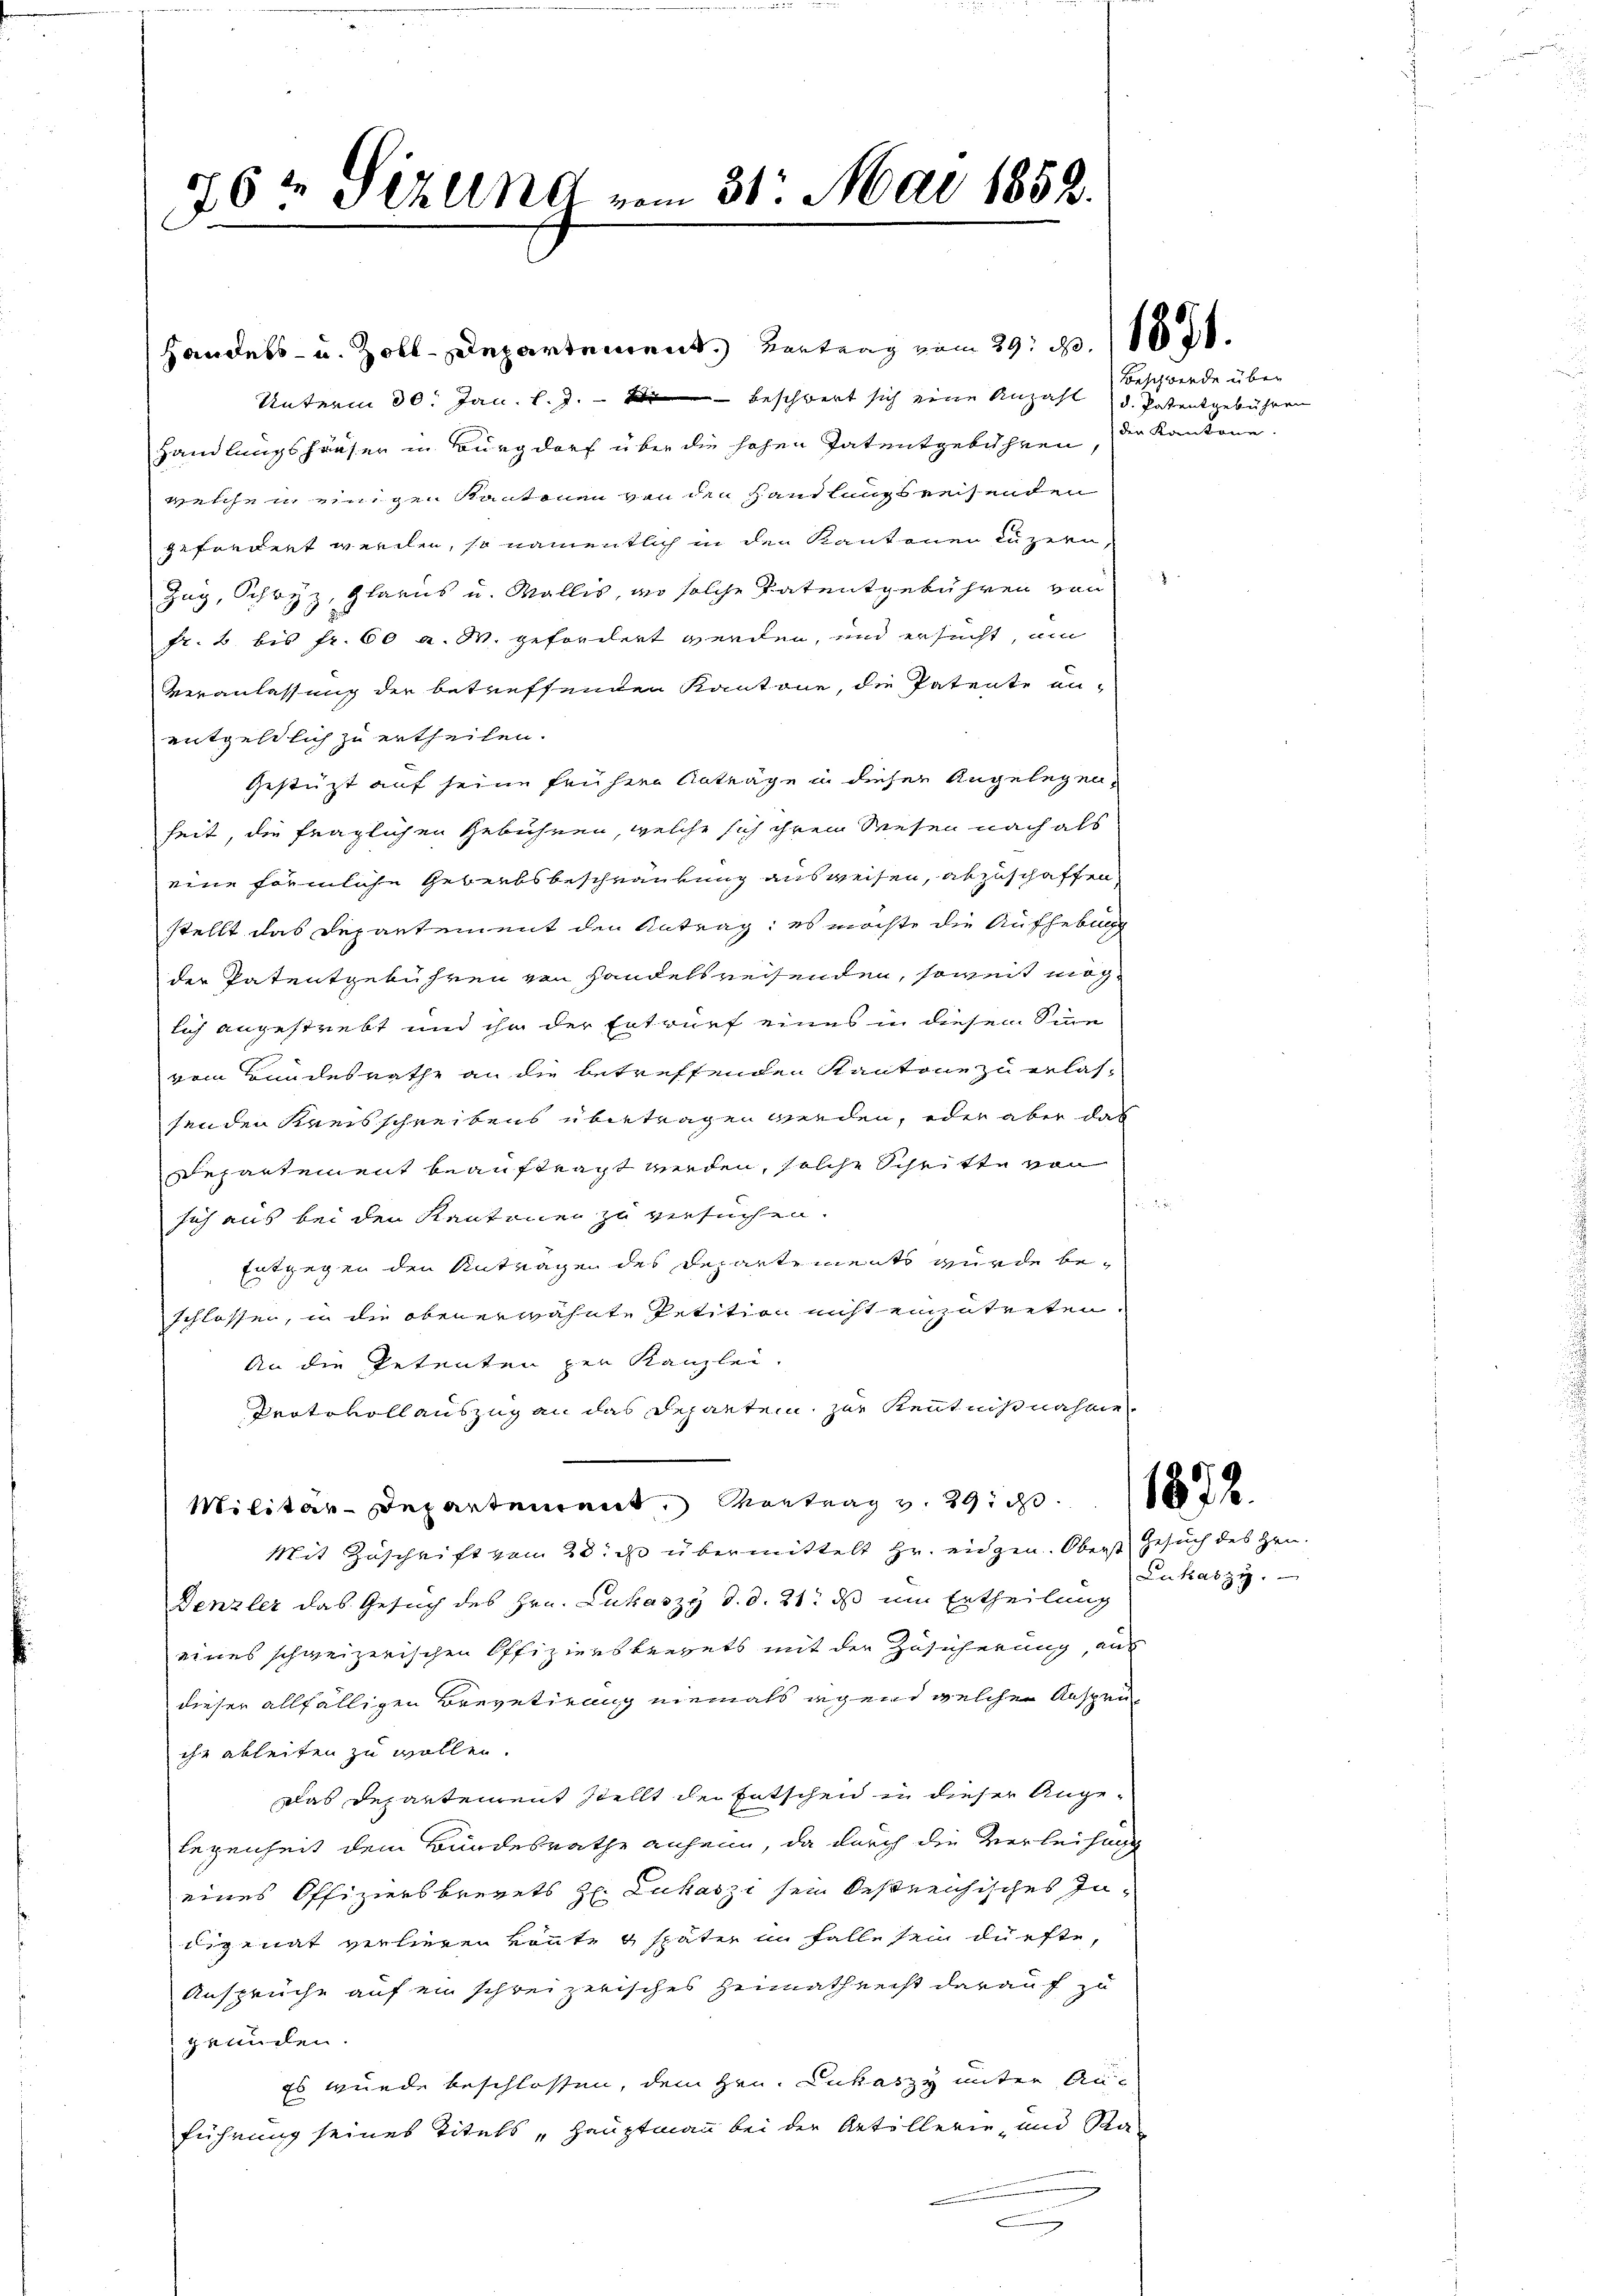
761 Sizung vom 31. Mai 1853.

Handels- u. Zoll-Departement. Vertrag vom 29. 1. 11821.
Unterm 30. Jan. l. J. beschwert sich eine Anzahl d. Patentgebühren
Handlungshäuser in Burgdorf über die hohen Tatentgebühren
welchen einigen Kantonen von den Handlungsreisenden
gefordert werden, so namentlich in den Kantonen luzern,
Zug, Schwyz, Glarus u. Wallis, wo solche Patentgebühren von
fr. 2 bis Fr. 60 a. M. gefordert werden, und ersucht, am
Veranlassung der betreffenden Kantone, die Patente an-
entgeldlich zu ertheilen.
Gestützt auf seine frühere Anträge in dieser Angelegenheit, die fraglichen Gebühren, welche sich ihrem Wesen nach als
eine förmliche Geberbsbeschränkung ausweisen, abzuschaffen,
stellt das Departement den Antrag; es möchte die Aufhebun
der Patentgebühren von Handelsreisenden, soweit möglich angestrebt und ihn der Entwurf eines in diesem Sinne
vom Bundesrathe an die betreffenden Kantone zu erlassenden Kausschreibens übertragen werden, oder aber das
Departement beauftragt werden, solche Schritte von
sich aus bei den Kantonen zu versuchen.
Entgegen den Antragen des Departements wurde beschlossen, in die obenerwähnte Petition nicht einzutreten.
An die Petenten zur Kanzlei.
Protovoll auszug an das Departen, zur Kenntnisnahme
Militar-Departement, Montrag v. 29. 1
Mit Zuschrift vom 28. d übermittelt Hr. eidgen. Oberst Gesuch des Hrn.
Denzler das Gesuch des Hrn. Lukaszy d. d. 21. ds um Ertheilung
eines schweizerischen Offiziersbrevets mit der Zusicherung, aus
dieser allfälligen Brevetirung niemals irgend welchen Anspru
ihr ableiten zu wollen.
Das Departement stellt der Entschend in dieser Angelegenheit dem Bundesrathe anheim, da durch die Verleihung
eines Offiziersbrevets H. Lukaszi sein bestreichisches Indisenat verliegen könnte & später in Falle sein dürfte,
Ansprüche auf ein schreizerisches Heimathrecht darauf zu
gemillen.
Es wurde beschlossen, dem Hrn. Lukaszy unter Aus
führung seines Titels „Hauptmann bei der Artillerie- und Ra¬

Beschwerde über
den Kantone.

Lukaszy.